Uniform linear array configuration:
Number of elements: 32
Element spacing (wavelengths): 1
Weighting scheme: cosine
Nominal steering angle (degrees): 60
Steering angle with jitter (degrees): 60.415
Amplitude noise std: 0.05
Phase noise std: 0.05

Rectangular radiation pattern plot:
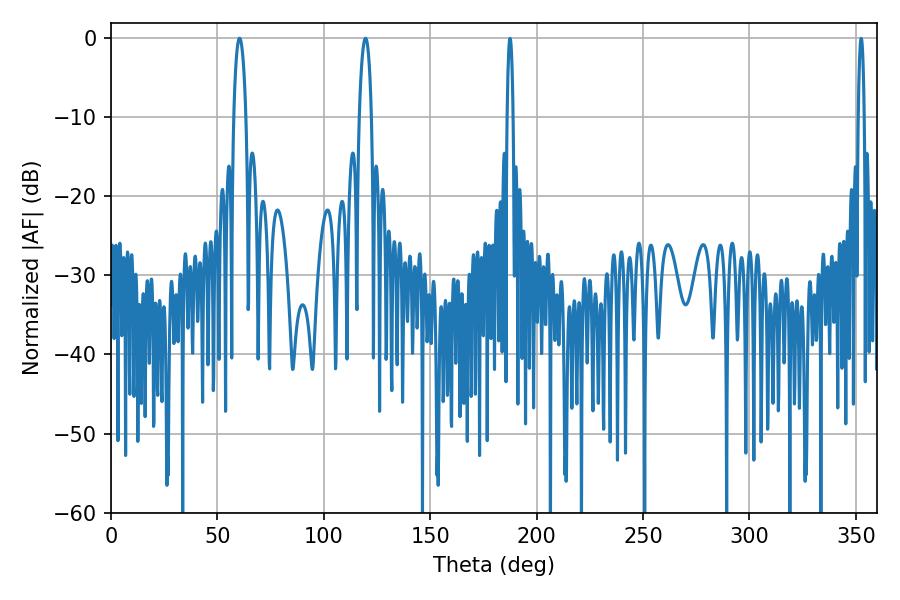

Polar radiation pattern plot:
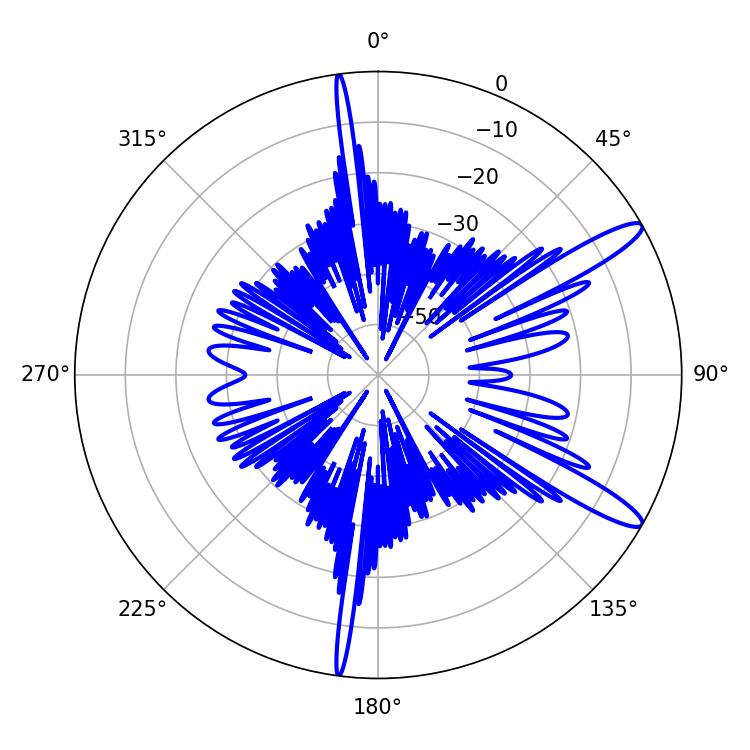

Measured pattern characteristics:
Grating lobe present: TRUE
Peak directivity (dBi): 12.927
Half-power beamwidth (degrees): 3.24
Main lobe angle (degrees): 60.48